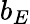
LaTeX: b_{E}